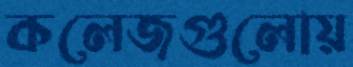
কলেজগুলোয়